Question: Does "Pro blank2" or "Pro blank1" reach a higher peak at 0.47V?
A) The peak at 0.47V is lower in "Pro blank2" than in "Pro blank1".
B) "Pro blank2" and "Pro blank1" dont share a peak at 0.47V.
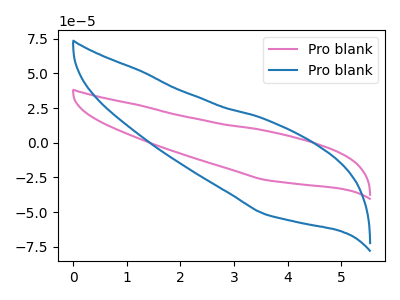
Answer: <think>The pink curve "Pro blank1" has no peaks. The blue curve "Pro blank2" has no peaks.</think>
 <answer>B) "Pro blank2" and "Pro blank1" dont share a peak at 0.47V.</answer>
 <eval>B</eval>